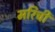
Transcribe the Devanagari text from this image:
मरिची